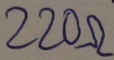
Text: 220Ω